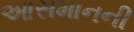
આસમાનની